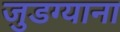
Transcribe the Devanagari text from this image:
जुडग्याना